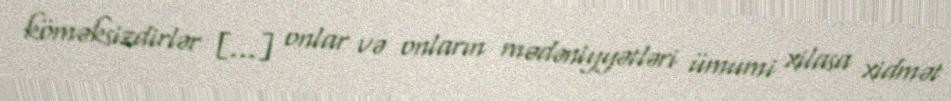
köməksizdirlər [...] onlar və onların mədəniyyətləri ümumi xilasa xidmət